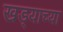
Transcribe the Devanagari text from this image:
खड्याच्या